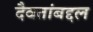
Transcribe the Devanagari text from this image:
दैवतांबद्दल